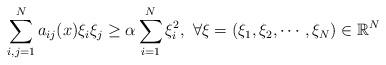
LaTeX: \begin{align*}\sum_{i,j=1}^{N}a_{ij}(x)\xi_i \xi_j\geq \alpha \sum_{i=1}^N\xi_i^2, \,\,\forall \xi= (\xi_1,\xi_2,\cdots,\xi_N)\in\mathbb{R}^N\end{align*}